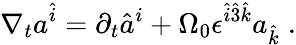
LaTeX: \nabla_{t}a^{\hat{i}}=\partial_{t}\hat{a}^{i}+{\Omega}_{0}{\epsilon}^{\hat{i}\hat{3}\hat{k}}a_{\hat{k}}\; .